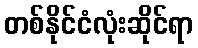
တစ်နိုင်ငံလုံးဆိုင်ရာ